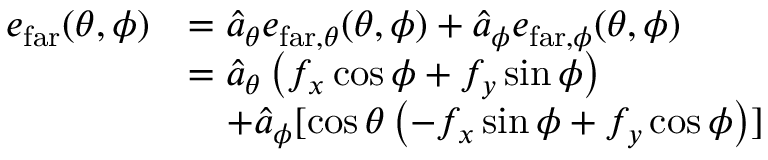
\begin{array} { r l } { \boldsymbol { e } _ { \mathrm { f a r } } ( \theta , \phi ) } & { = \boldsymbol { \hat { a } } _ { \theta } e _ { \mathrm { f a r } , \theta } ( \theta , \phi ) + \boldsymbol { \hat { a } } _ { \phi } e _ { \mathrm { f a r } , \phi } ( \theta , \phi ) } \\ & { = \boldsymbol { \hat { a } } _ { \theta } \left( f _ { x } \cos \phi + f _ { y } \sin \phi \right) } \\ & { \quad + \boldsymbol { \hat { a } } _ { \phi } [ \cos \theta \left( - f _ { x } \sin \phi + f _ { y } \cos \phi \right) ] } \end{array}